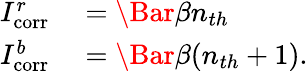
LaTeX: \begin{array}{rl}{I_{\mathrm{corr}}^{r}}&{{}=\Bar{\beta}n_{th}}\\ {I_{\mathrm{corr}}^{b}}&{{}=\Bar{\beta}(n_{th}+1).}\end{array}